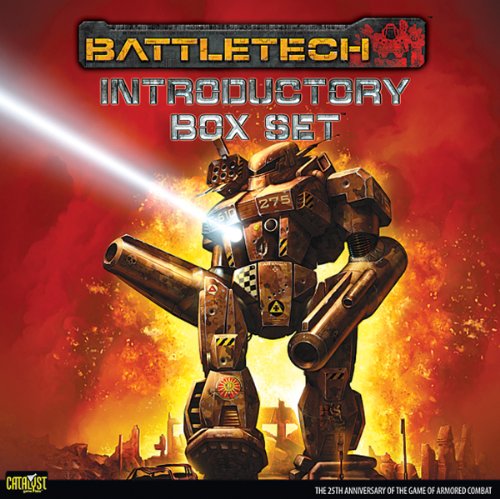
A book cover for Battletech, 25th Anniversary Introductory Box Set; Catalyst Game Labs; Science Fiction & Fantasy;